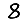
Digit: 8